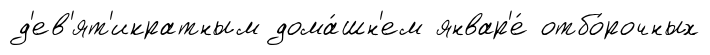
д'ев'ят'икратным дома́шн'ем январ'е́ отбо́рочных